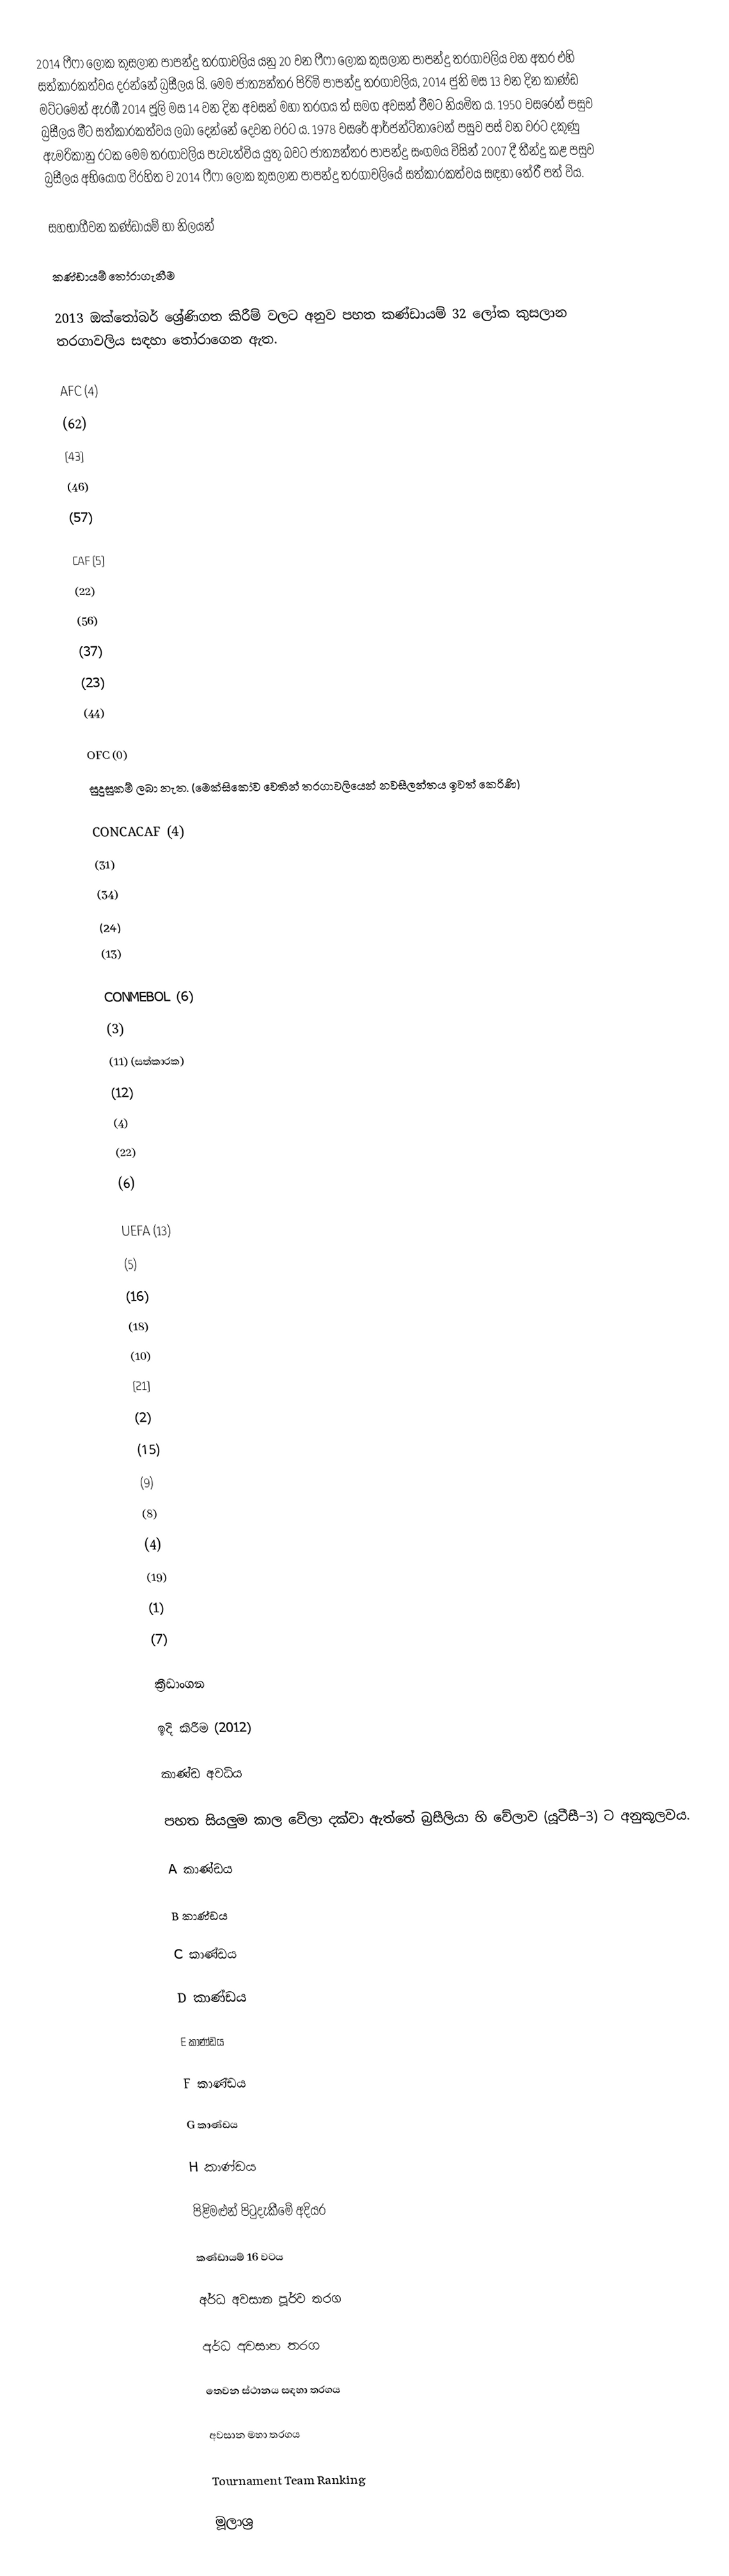
2014 ෆීෆා ලෝක කුසලාන පාපන්දු තරගාවලිය යනු 20 වන ෆීෆා ලෝක කුසලාන පාපන්දු තරගාවලිය වන අතර එහි සත්කාරකත්වය දරන්නේ බ්‍රසීලය යි. මෙම ජාත්‍යන්තර පිරිමි පාපන්දු තරගාවලිය, 2014 ජුනි මස 13 වන දින කාණ්ඩ මට්ටමෙන් ඇරඹී 2014 ජූලි මස 14 වන දින අවසන් මහා තරගය ත් සමග අවසන් වීමට නියමිත ය. 1950 වසරෙන් පසුව බ්‍රසීලය මීට සත්කාරකත්වය ලබා දෙන්නේ දෙවන වරට ය. 1978 වසරේ ආර්ජන්ටිනාවෙන් පසුව පස් වන වරට දකුණු ඇමරිකානු රටක මෙම තරගාවලිය පැවැත්විය යුතු බවට ජාත්‍යන්තර පාපන්දු සංගමය විසින් 2007 දී තීන්දු කළ පසුව බ්‍රසීලය අභියෝග විරහිත ව 2014 ෆීෆා ලෝක කුසලාන පාපන්දු තරගාවලියේ සත්කාරකත්වය සඳහා තේරී පත් විය.

සහභාගීවන කණ්ඩායම් හා නිලයන්

කණ්ඩායම් තෝරාගැනීම

2013 ඔක්තෝබර් ශ්‍රේණිගත කිරීම් වලට අනුව පහත කණ්ඩායම් 32 ලෝක කුසලාන තරගාවලිය සඳහා තෝරාගෙන ඇත.

AFC (4)
 (62)
 (43)
  (46)
  (57)

CAF (5)
  (22)
  (56)
  (37)
  (23)
 (44)

OFC (0)
 සුදුසුකම් ලබා නැත. (මෙක්සිකෝව වෙතින් තරගාවලියෙන් නවසීලන්තය  ඉවත් කෙරිණි)

CONCACAF (4)
  (31)
  (34)
  (24)
  (13)

CONMEBOL (6)
  (3)
  (11) (සත්කාරක)
  (12)
  (4)
  (22)
  (6)

UEFA (13)
  (5)
  (16)
  (18)
  (10)
  (21)
  (2)
  (15)
  (9)
  (8)
  (4)
  (19)
  (1)
  (7)

ක්‍රීඩාංගන

ඉදි කිරීම (2012)

කාණ්ඩ අවධිය

පහත සියලුම කාල වේලා දක්වා ඇත්තේ බ්‍රසීලියා හි වේලාව (යූටීසී−3) ට අනුකූලවය.

A කාණ්ඩය

B කාණ්ඩය

C කාණ්ඩය

D කාණ්ඩය

E කාණ්ඩය

F කාණ්ඩය

G කාණ්ඩය

H කාණ්ඩය

පිළිමළුන් පිටුදැකීමේ අදියර

කණ්ඩායම් 16 වටය

අර්ධ අවසාන පූර්ව තරග

අර්ධ අවසාන තරග

තෙවන ස්ථානය සඳහා තරගය

අවසාන මහා තරගය

Tournament Team Ranking

මූලාශ්‍ර